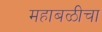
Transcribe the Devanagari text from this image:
महाबळीचा